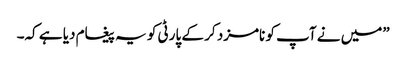
”میں نے آپ کو نامزد کر کے پارٹی کو یہ پیغام دیا ہے کہ۔